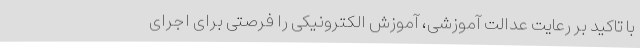
با تاکید بر رعایت عدالت آموزشی، آموزش الکترونیکی را فرصتی برای اجرای